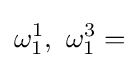
\omega _{1}^{1},\ \omega _{1}^{3}=